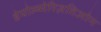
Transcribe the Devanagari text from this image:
डेपोल्य्मेरिज़तिओन